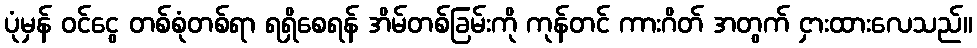
ပုံမှန် ဝင်ငွေ တစ်စုံတစ်ရာ ရရှိစေရန် အိမ်တစ်ခြမ်းကို ကုန်တင် ကားဂိတ် အတွက် ငှားထားလေသည်။